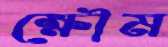
ক্ষৌম